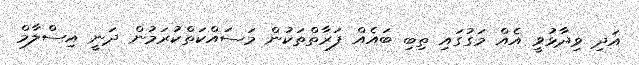
އަދި ވިދާޅުވީ އެއް މަގުގައި ތިބި ބައެއް ފަރާތްތަކުން މަސައްކަތްކުރަމުން ދަނީ އިސްލާމް